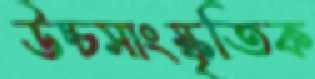
উচ্চসাংস্কৃতিক